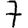
Digit: 7